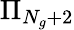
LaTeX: \Pi_{N_{g}+2}